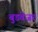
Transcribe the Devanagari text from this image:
बुडवेजर